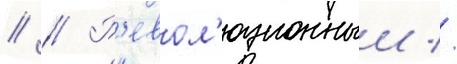
// // Р'евол'юционныи //